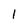
Character: 1